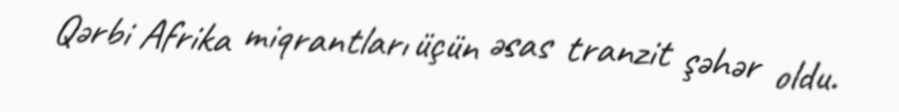
Qərbi Afrika miqrantları üçün əsas tranzit şəhər oldu.